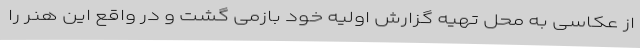
از عکاسی به محل تهیه گزارش اولیه خود بازمی گشت و در واقع این هنر را